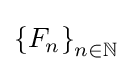
\left\{F_{n}\right\}_{n\in \mathbb {N} }